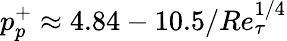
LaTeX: p_{p}^{+}\approx 4.84-10.5/Re_{\tau}^{1/4}